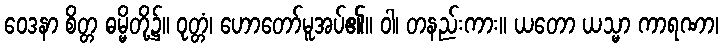
ဝေဒနာ စိတ္တ ဓမ္မိတို့၌။ ဝုတ္တံ၊ ဟောတော်မူအပ်၏။ ဝါ၊ တနည်းကား။ ယတော ယသ္မာ ကာရဏာ၊